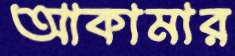
আকামার